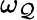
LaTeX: \omega_{\mathcal{Q}}